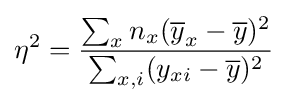
\eta ^{2}={\frac {\sum _{x}n_{x}({\overline {y}}_{x}-{\overline {y}})^{2}}{\sum _{x,i}(y_{xi}-{\overline {y}})^{2}}}